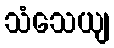
သံသေယျ